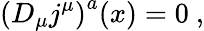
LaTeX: \left(D_{\mu}j^{\mu}\right)^{a}(x)=0\ ,